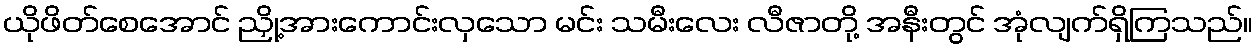
ယိုဖိတ်စေအောင် ညှို့အားကောင်းလှသော မင်း သမီးလေး လီဇာတို့ အနီးတွင် အုံလျက်ရှိကြသည်။